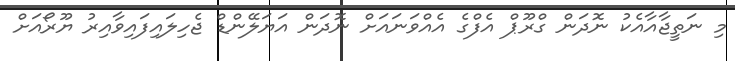
މި ނަތީޖާއާއެކު ނޮދަން ގްރޫޕް އެފްގެ އެއްވަނައަށް ނޮދަން އަޔަލޭންޑް ޖެހިލައިފައިވާއިރު ޔޫރޯއަށް